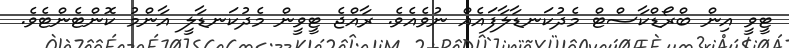
ޓީވީ އިން ބްރޯޑްކާސްޓް މެދުކަނޑާލާފައެއް ނުވެއެވެ. ރާއްޖެ ޓީވީން މެދުކަނޑާލީ އާންމު ކޮންޓެންޓެވެ.